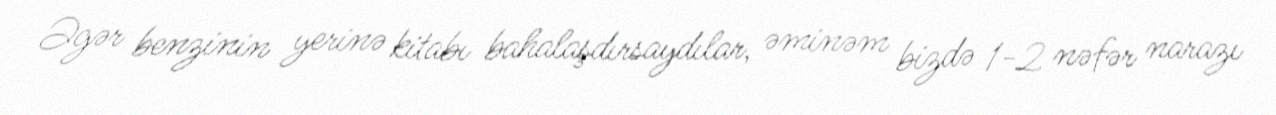
Əgər benzinin yerinə kitabı bahalaşdırsaydılar, əminəm bizdə 1-2 nəfər narazı